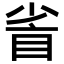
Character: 𥅷